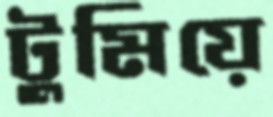
টুমিয়ে